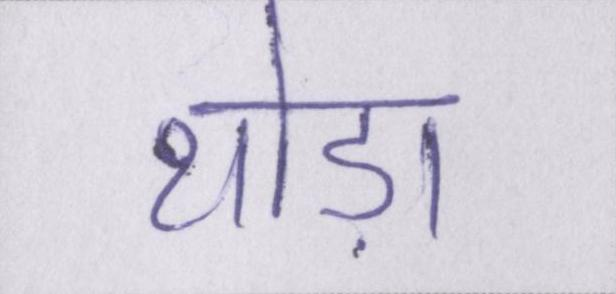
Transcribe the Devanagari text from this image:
थोड़ा